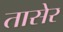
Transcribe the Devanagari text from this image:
तासेर